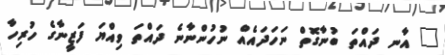
" އާނ ދައްތަ ބުނާގޮތް ނަހަދައެއް ނުހުންނާނެ ދައްތަ ވިއްޔަ ފަޒީނާގެ ހުރިހާ